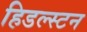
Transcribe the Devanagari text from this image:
हिडल्स्टन